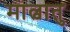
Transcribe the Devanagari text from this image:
माल्वातु